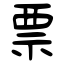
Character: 票